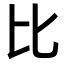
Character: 比